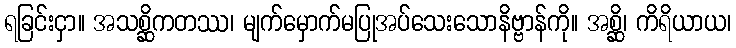
ရခြင်းငှာ။ အသစ္ဆိကတဿ၊ မျက်မှောက်မပြုအပ်သေးသောနိဗ္ဗာန်ကို။ အစ္ဆိ၊ ကိရိယာယ၊